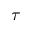
\tau